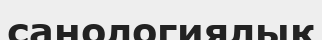
санологиялық